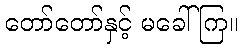
တော်တော်နှင့် မခေါ်ကြ။